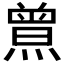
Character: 𤎰